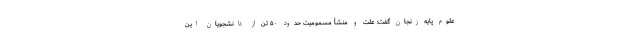
علوم پایه زنجان گفت: علت و منشأ مسمومیت حدود ۵۰ تن از دانشجویان این